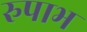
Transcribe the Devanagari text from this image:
रुपाभ